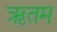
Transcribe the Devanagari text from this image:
ऋतम